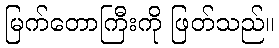
မြက်တောကြီးကို ဖြတ်သည်။